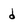
Character: d